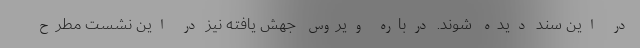
در این سند دیده شوند. درباره ویروس جهش یافته نیز در این نشست مطرح